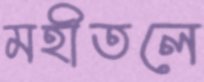
মহীতলে